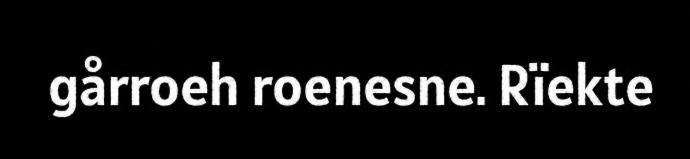
gårroeh roenesne. Rïekte